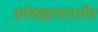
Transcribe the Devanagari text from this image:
प्रवेशद्वारापर्यंत